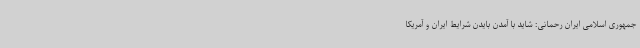
جمهوری اسلامی ایران رحمانی: شاید با آمدن بایدن شرایط ایران و آمریکا